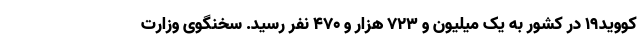
کووید۱۹ در کشور به یک میلیون و ۷۲۳ هزار و ۴۷۰ نفر رسید. سخنگوی وزارت